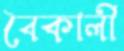
বৈকালী